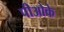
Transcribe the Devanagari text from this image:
पीओके